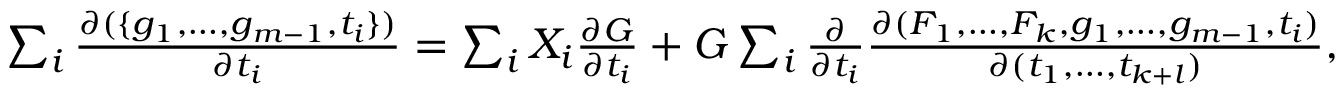
\begin{array} { r } { \sum _ { i } \frac { \partial ( \{ g _ { 1 } , \dotsc , g _ { m - 1 } , t _ { i } \} ) } { \partial t _ { i } } = \sum _ { i } X _ { i } \frac { \partial G } { \partial t _ { i } } + G \sum _ { i } \frac { \partial } { \partial t _ { i } } \frac { \partial ( F _ { 1 } , \dotsc , F _ { k } , g _ { 1 } , \dotsc , g _ { m - 1 } , t _ { i } ) } { \partial ( t _ { 1 } , \dotsc , t _ { k + l } ) } , } \end{array}